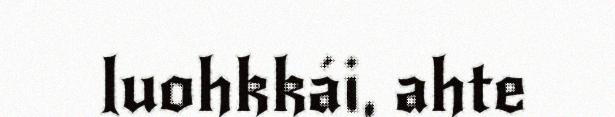
luohkkái, ahte